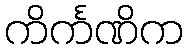
ကိင်္ကဏိက